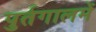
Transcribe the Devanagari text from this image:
पुर्तगालमें